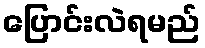
ပြောင်းလဲရမည်